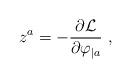
LaTeX: \begin{align*}z^a=- {\partial {\cal L}\over\partial \varphi_{|a} }\ ,\end{align*}